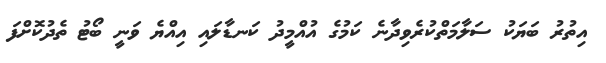
އިތުރު ބަޔަކު ސަލާމަތްކުރެވިދާނެ ކަމުގެ އުއްމީދު ކަނޑާލައި އިއްޔެ ވަނީ ބޯޓު ތެދުކޮށްފަ